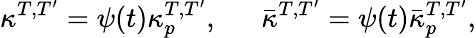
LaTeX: \kappa^{T,T^{\prime}}=\psi(t)\kappa_{p}^{T,T^{\prime}},\ ~~~~~\bar{\kappa}^{T,T^{\prime}}=\psi(t)\bar{\kappa}_{p}^{T,T^{\prime}},